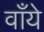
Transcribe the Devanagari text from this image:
वाँये